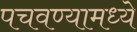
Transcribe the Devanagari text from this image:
पचवण्यामध्ये